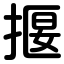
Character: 揠